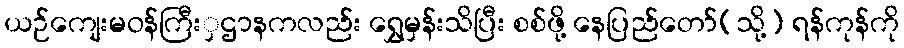
ယဉ်ကျေးမဝန်ကြီးှဌာနကလည်း ရွှေမှန်းသိပြီး စစ်ဖို့ နေပြည်တော်(သို့) ရန်ကုန်ကို